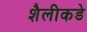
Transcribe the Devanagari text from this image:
शैलीकडे